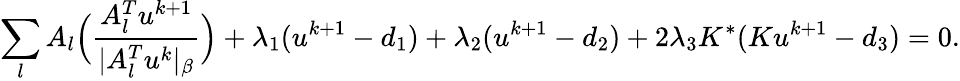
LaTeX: \sum_{l}A_{l}\Big(\frac{A_{l}^{T}u^{k+1}}{|A_{l}^{T}u^{k}|_{\beta}}\Big)+\lambda_{1}(u^{k+1}-d_{1})+\lambda_{2}(u^{k+1}-d_{2})+2\lambda_{3}K^{*}(Ku^{k+1}-d_{3})=0.